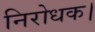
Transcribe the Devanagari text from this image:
निरोधक।